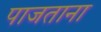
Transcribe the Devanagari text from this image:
पाजताना